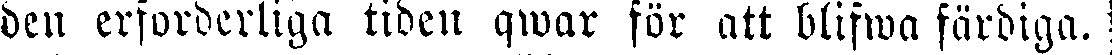
den erforderliga tiden qwar för att blifwa färdiga.